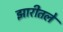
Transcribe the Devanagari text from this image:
झारीतले